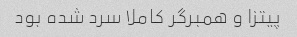
پیتزا و همبرگر کاملا سرد شده بود